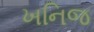
ખનિજ